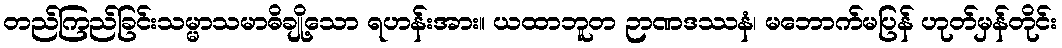
တည်ကြည်ခြင်းသမ္မာသမာဓိချို့သော ရဟန်းအား။ ယထာဘူတ ဉာဏဒဿနံ၊ မဘောက်မပြန် ဟုတ်မှန်တိုင်း